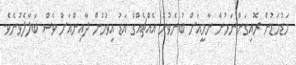
މަޑުމަޑުން ރޮއިގަންނަމުން ނާމީއަށް ބުނެވުނު އެއްޗެއްގެ އަޑު އިވުމުން ދާއިންއަށް ވެސް ބަލާލެވުނެވެ.